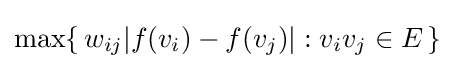
\max\{\,w_{ij}|f(v_{i})-f(v_{j})|:v_{i}v_{j}\in E\,\}